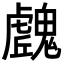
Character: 𩴛